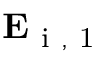
\mathbf { E } _ { \mathrm { ~ i ~ , ~ 1 ~ } }